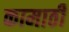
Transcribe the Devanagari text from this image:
कामाठी